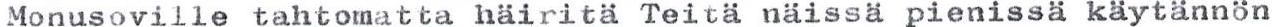
Monusoville tahtomatta häiritä Teitä näissä pienissä käytannön